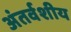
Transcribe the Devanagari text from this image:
अंतर्वशीय